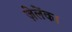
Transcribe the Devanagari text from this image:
ज़ेलेंका